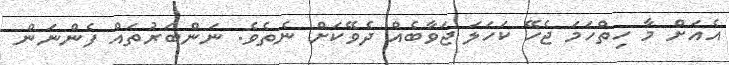
އެއަށް މާ ހިތްހަމަ ޖެހޭ ކަހަލަ ޖަވާބެއް ދެވޭކަށް ނެތެވެެ. ނަންބަރުތައް ފެންނަން